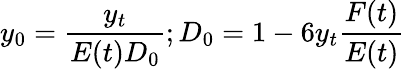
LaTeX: y_{0}=\frac{y_{t}}{E(t)D_{0}};D_{0}=1-6y_{t}\frac{F(t)}{E(t)}